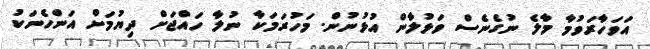
އަވަހާރަވުމާ މާލެ ނުގެނެސް ވަޅުލާން އުޅުނުން. މަހުރަމަކާ ނުލާ ހައްޖަށް ދިޔުމަށް އަންހެނަކު